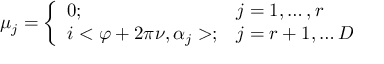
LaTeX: \mu _ { j } = \left\{ \begin{array} { l l } { { 0 ; } } & { { j = 1 , \ldots , r } } \\ { { i < \varphi + 2 \pi \nu , \alpha _ { j } > ; } } & { { j = r + 1 , \ldots D } } \end{array} \right.